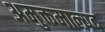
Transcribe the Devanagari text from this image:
अमुक्तमाल्यद